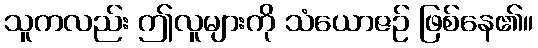
သူကလည်း ဤလူများကို သံယောဇဉ် ဖြစ်နေ၏။